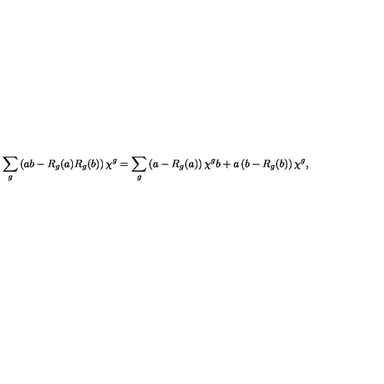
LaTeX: \sum _ { g } \left( a b - R _ { g } ( a ) R _ { g } ( b ) \right) \chi ^ { g } = \sum _ { g } \left( a - R _ { g } ( a ) \right) \chi ^ { g } b + a \left( b - R _ { g } ( b ) \right) \chi ^ { g } ,